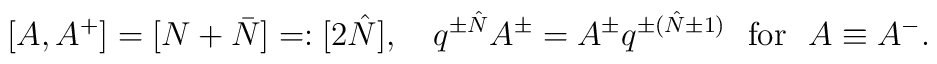
[A,A^+]=[N+\bar N]=:[2\hat N],\ \ \ q^{\pm \hat N}A^\pm= A^\pm q^{\pm(\hat N\pm1)}\ \ \mbox{for}\ \ A\equiv A^-.